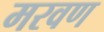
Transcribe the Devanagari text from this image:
मरवण